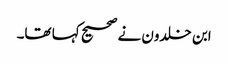
ابن خلدون نے صحیح کہا تھا۔